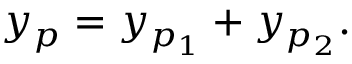
y _ { p } = y _ { p _ { 1 } } + y _ { p _ { 2 } } .